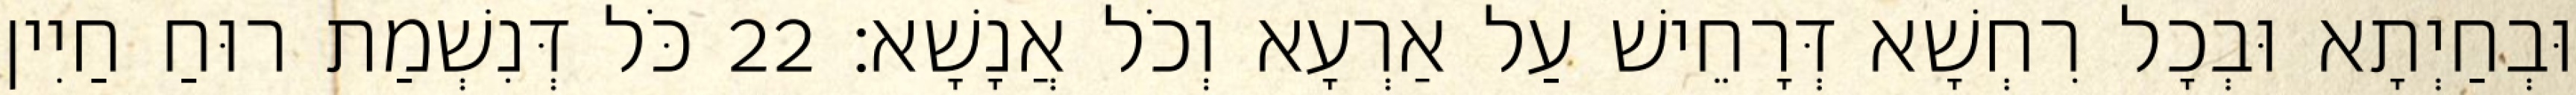
וּבְחַיְתָא וּבְכָל רִחְשָׁא דְּרָחֵישׁ עַל אַרְעָא וְכֹל אֲנָשָׁא׃ 22 כֹּל דְּנִשְׁמַת רוּחַ חַיִין